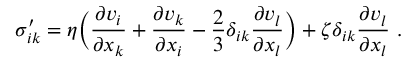
\sigma _ { i k } ^ { \prime } = \eta \Bigl ( { \frac { \partial v _ { i } } { \partial x _ { k } } } + { \frac { \partial v _ { k } } { \partial x _ { i } } } - { \frac { 2 } { 3 } } \delta _ { i k } { \frac { \partial v _ { l } } { \partial x _ { l } } } \Bigr ) + \zeta \delta _ { i k } { \frac { \partial v _ { l } } { \partial x _ { l } } } \ .